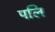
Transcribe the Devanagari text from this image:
पलि